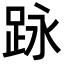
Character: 𮛕